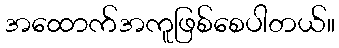
အထောက်အကူဖြစ်စေပါတယ်။